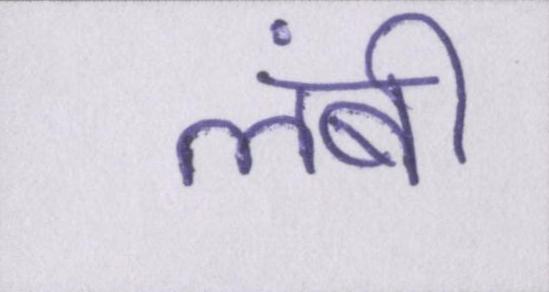
लंबी